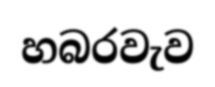
හබරවැව